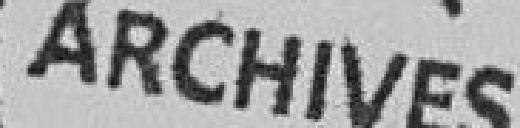
Archives